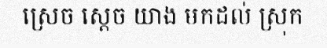
ស្រេច ស្តេច យាង មកដល់ ស្រុក